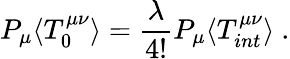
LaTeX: P_{\mu}\langle T_{0}^{\mu\nu}\rangle=\frac{\lambda}{4!}P_{\mu}\langle T_{int}^{\mu\nu}\rangle\ .